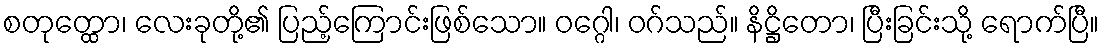
စတုတ္ထော၊ လေးခုတို့၏ ပြည့်ကြောင်းဖြစ်သော။ ဝဂ္ဂေါ၊ ဝဂ်သည်။ နိဋ္ဌိတော၊ ပြီးခြင်းသို့ ရောက်ပြီ။